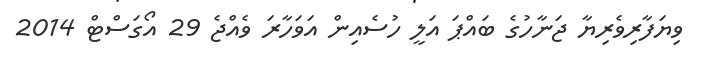
ވިޔަފާރިވެރިޔާ ޖަނާހުގެ ބައްޕަ އަލީ ހުސެއިން އަވަހާރަ ވެއްޖެ 29 އޯގަސްޓް 2014